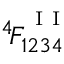
^ 4 \! F _ { 1 2 3 4 } ^ { ^ { \mathrm { ~ I ~ I ~ } } }